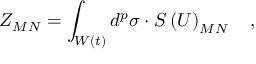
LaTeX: Z _ { M N } = \int _ { W \left( t \right) } d ^ { p } \sigma \cdot S \left( U \right) _ { M N } \quad ,